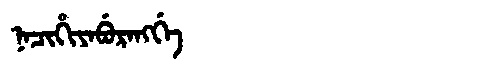
Manchu: ᠨᠠᠴᡳᡥᡳᠶᠠᠪᡠᡵᠠᠩᡤᡝ
Romanization: NACIHIYABURANGGE